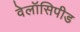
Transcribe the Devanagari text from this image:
वेलॉसिपीड